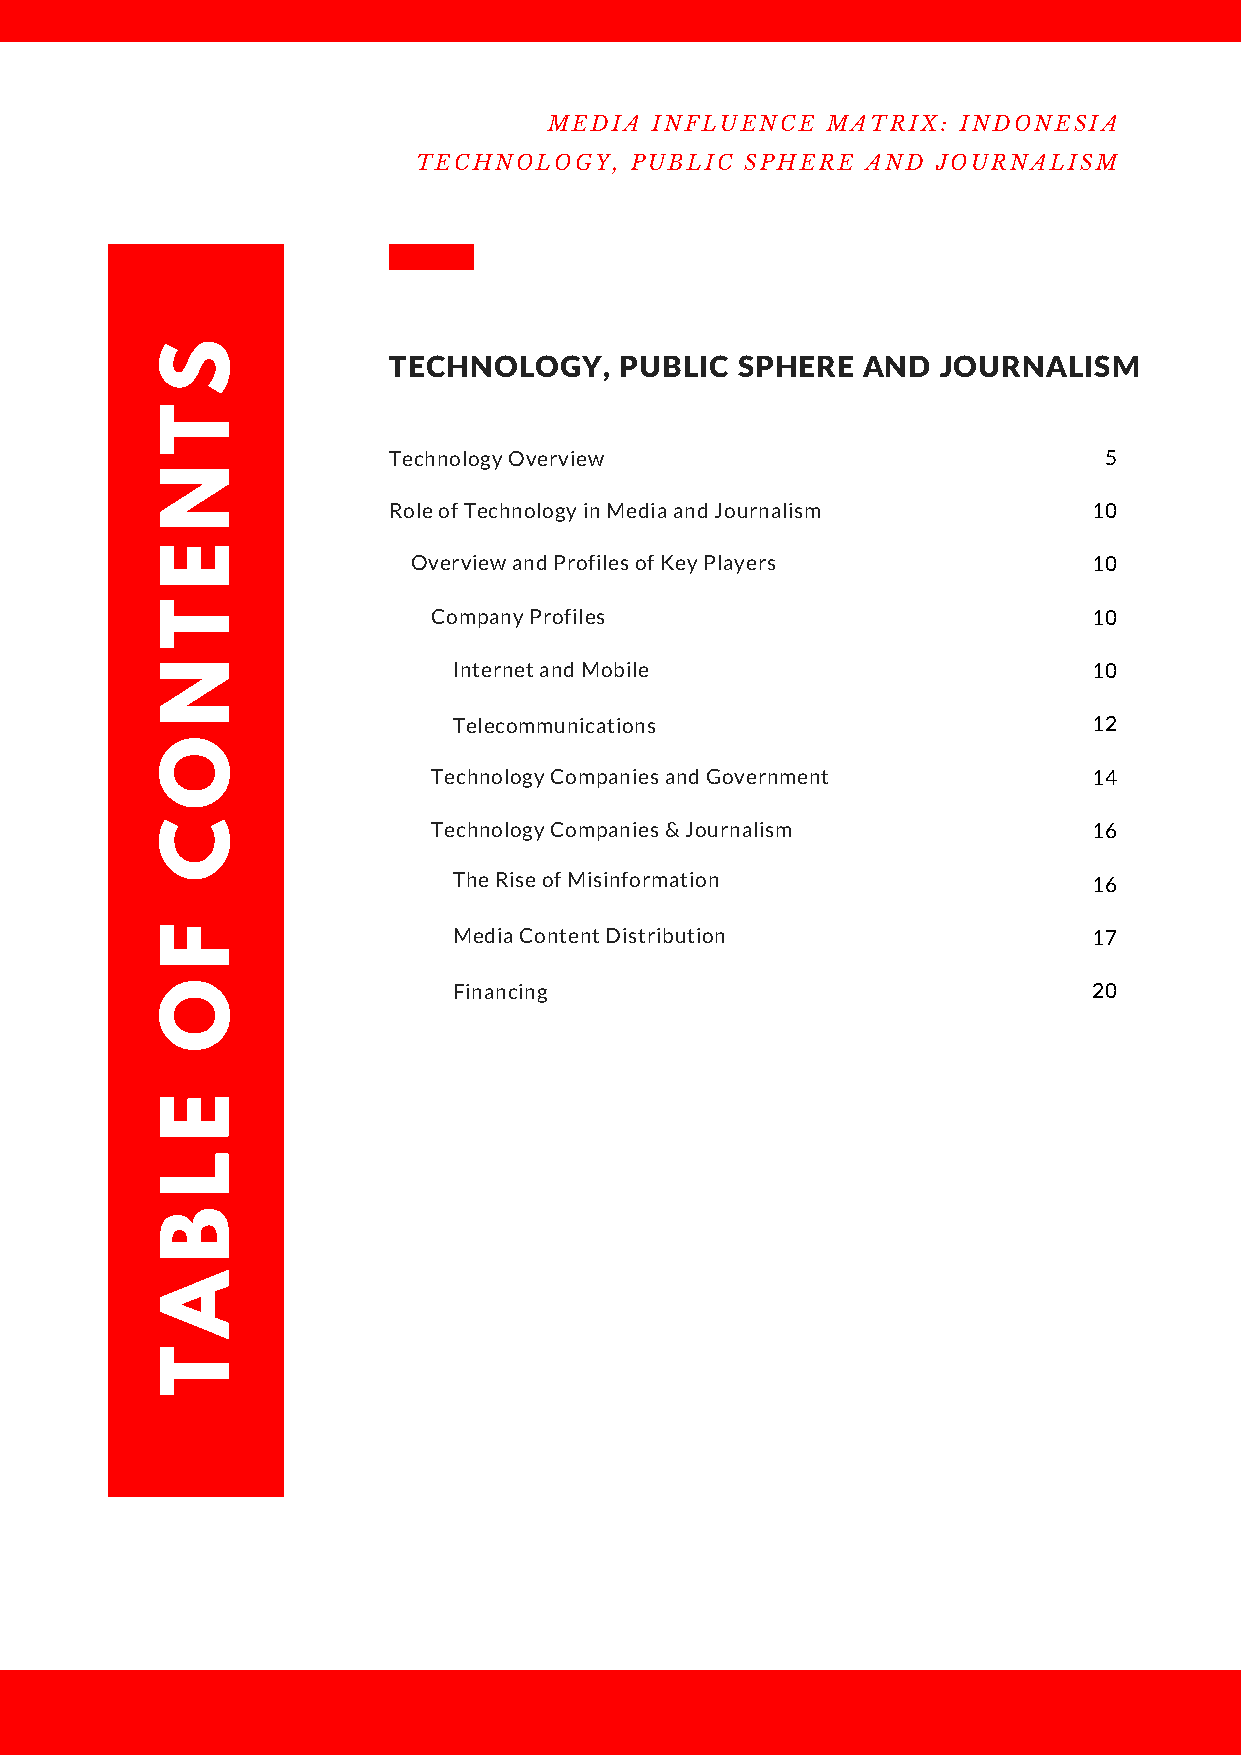
MEDIA  INFLUENCE   MATRIX:  INDONESIA
 TECHNOLOGY,   PUBLIC SPHERE  AND  JOURNALISM
 S
 TECHNOLOGY,    PUBLIC  SPHERE  AND  JOURNALISM
 T
 Technology Overview                            5
 N
 Role of Technology in Media and Journalism    10
 E
 Overview and Profiles of Key Players         10
 T
 Company Profiles                           10
 N                 Internet and Mobile                       10
 Telecommunications                        12
 O
 Technology Companies and Government        14
 C                Technology Companies & Journalism          16
 The Rise of Misinformation                16
 F                 Media Content Distribution                17
 O                 Financing                                 20
 E
 L
 B
 A
 T